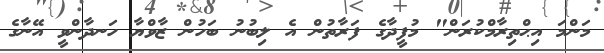
މަންމަ އިޙްތިރާމްކުރަން" މުފީދާގެ ފަރާތުން އެ ލިބުނު ބަހުން ޒާވްޔާ ހަނދާންވީ އޭނާގެ